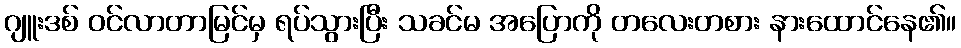
ဂျူးဒစ် ဝင်လာတာမြင်မှ ရပ်သွားပြီး သခင်မ အပြောကို တလေးတစား နားထောင်နေ၏။